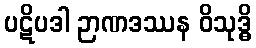
ပဋိပဒါ ဉာဏဒဿန ဝိသုဒ္ဓိ